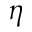
\eta